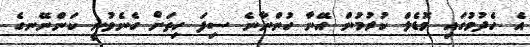
އެ ހެދުމުގައި މޮޑެލް ކުރުމުން އޭނާ ހުންނާނެ ސިފަ ހިތަށް ގެނެވުނީ ކަންނޭނގެ